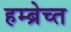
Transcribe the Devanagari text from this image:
हम्ब्रेच्त